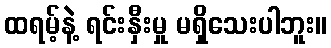
ထရမ့်နဲ့ ရင်းနှီးမှု မရှိသေးပါဘူး။